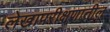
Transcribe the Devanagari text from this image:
लेखापरीक्षणातील